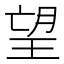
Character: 望